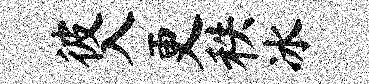
彼入更秩冰